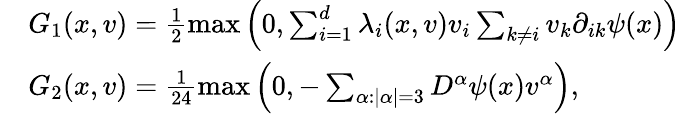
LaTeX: \begin{array}{rl}&{G_{1}(x,v)=\frac{1}{2}\operatorname*{max}\left(0,\sum_{i=1}^{d}\lambda_{i}(x,v)v_{i}\sum_{k\neq i}v_{k}\partial_{ik}\psi(x)\right)}\\ &{G_{2}(x,v)=\frac{1}{24}\operatorname*{max}\left(0,-\sum_{\alpha:\lvert\alpha\rvert=3}D^{\alpha}\psi(x)v^{\alpha}\right),}\end{array}